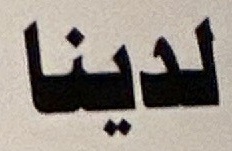
لدينا